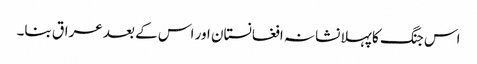
اس جنگ کا پہلا نشانہ افغانستان اور اس کے بعد عراق بنا۔